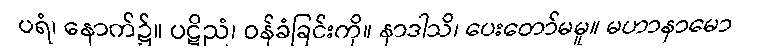
ပရံ၊ နောက်၌။ ပဋိညံ၊ ဝန်ခံခြင်းကို။ နာဒါသိ၊ ပေးတော်မမူ။ မဟာနာမော